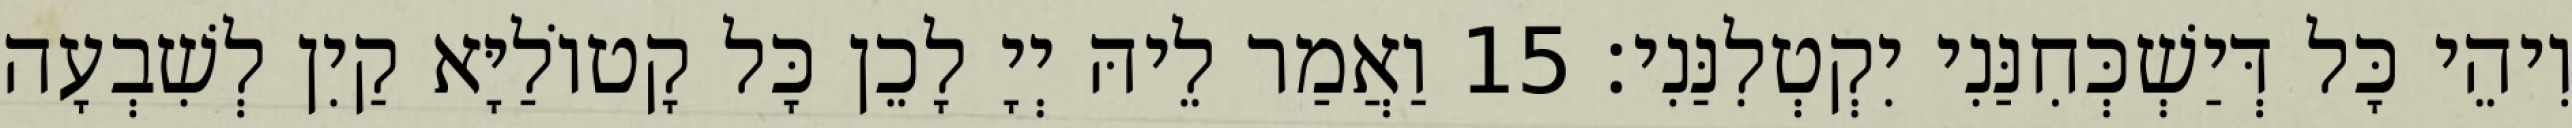
וִיהֵי כָּל דְּיַשְׁכְּחִנַּנִי יִקְטְלִנַּנִי׃ 15 וַאֲמַר לֵיהּ יְיָ לָכֵן כָּל קָטוֹלַיָּא קַיִן לְשִׁבְעָה